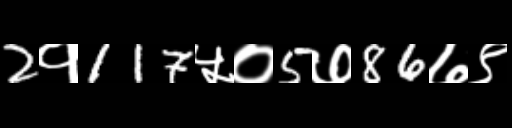
Text: 2१117५०5७86७९